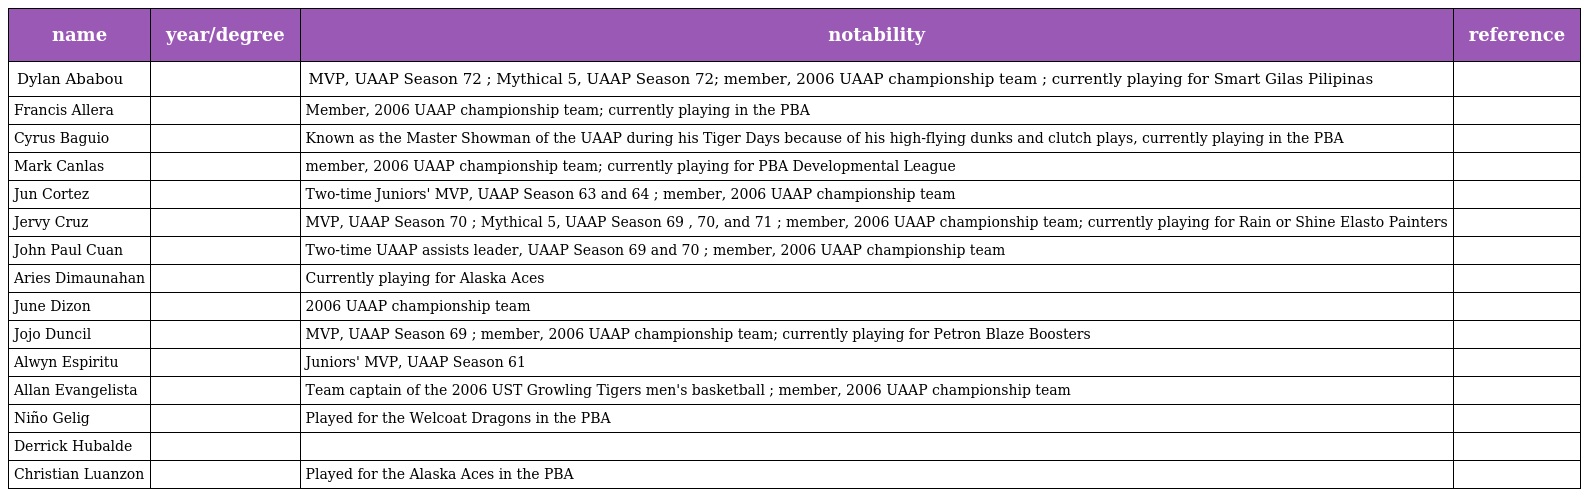
| name | year/degree | notability | reference |
 | --- | --- | --- | --- |
 | Dylan Ababou |  | MVP, UAAP Season 72 ; Mythical 5, UAAP Season 72; member, 2006 UAAP championship team ; currently playing for Smart Gilas Pilipinas |  |
 | Francis Allera |  | Member, 2006 UAAP championship team; currently playing in the PBA |  |
 | Cyrus Baguio |  | Known as the Master Showman of the UAAP during his Tiger Days because of his high-flying dunks and clutch plays, currently playing in the PBA |  |
 | Mark Canlas |  | member, 2006 UAAP championship team; currently playing for PBA Developmental League |  |
 | Jun Cortez |  | Two-time Juniors' MVP, UAAP Season 63 and 64 ; member, 2006 UAAP championship team |  |
 | Jervy Cruz |  | MVP, UAAP Season 70 ; Mythical 5, UAAP Season 69 , 70, and 71 ; member, 2006 UAAP championship team; currently playing for Rain or Shine Elasto Painters |  |
 | John Paul Cuan |  | Two-time UAAP assists leader, UAAP Season 69 and 70 ; member, 2006 UAAP championship team |  |
 | Aries Dimaunahan |  | Currently playing for Alaska Aces |  |
 | June Dizon |  | 2006 UAAP championship team |  |
 | Jojo Duncil |  | MVP, UAAP Season 69 ; member, 2006 UAAP championship team; currently playing for Petron Blaze Boosters |  |
 | Alwyn Espiritu |  | Juniors' MVP, UAAP Season 61 |  |
 | Allan Evangelista |  | Team captain of the 2006 UST Growling Tigers men's basketball ; member, 2006 UAAP championship team |  |
 | Niño Gelig |  | Played for the Welcoat Dragons in the PBA |  |
 | Derrick Hubalde |  |  |  |
 | Christian Luanzon |  | Played for the Alaska Aces in the PBA |  |